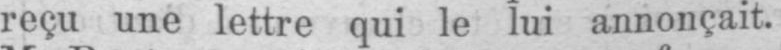
reçu une lettre qui le lui annonçait.